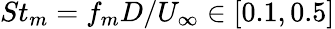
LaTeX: St_{m}=f_{m}D/U_{\infty}\in[0.1,0.5]